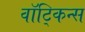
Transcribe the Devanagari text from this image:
वॉट्किन्स